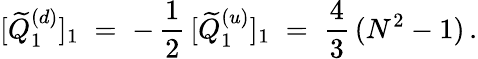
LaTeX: [\widetilde{Q}_{1}^{(d)}]_{1}\; =\; -\, \frac{1}{2}\, [\widetilde{Q}_{1}^{(u)}]_{1}\; =\; \frac{4}{3}\, (N^{2}-1)\, .